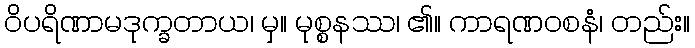
ဝိပရိဏာမဒုက္ခတာယ၊ မှ။ မုစ္စနဿ၊ ၏။ ကာရဏဝစနံ၊ တည်း။